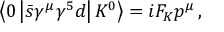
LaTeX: \left< 0 \left| \bar { s } \gamma ^ { \mu } \gamma ^ { 5 } d \right| K ^ { 0 } \right> = i F _ { K } p ^ { \mu } \, ,